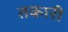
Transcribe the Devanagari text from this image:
तकारी